Punjab Mental Hospital Lahore 1922-31 - 1922-1931
Year: 1922
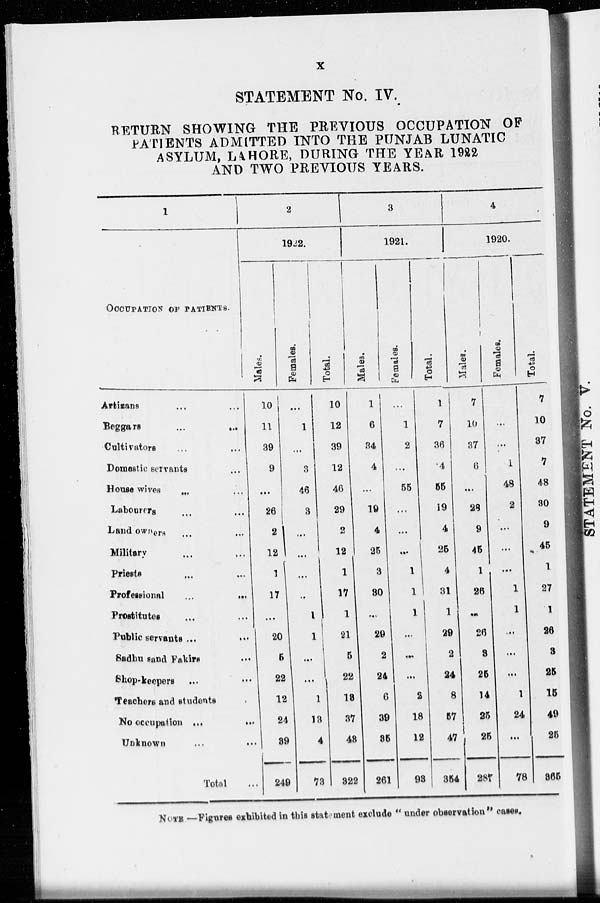
x
STATEMENT No. IV.
RETURN SHOWING THE PREVIOUS OCCUPATION OF
PATIENTS ADMITTED INTO THE PUNJAB LUNATIC
ASYLUM, LAHORE, DURING THE YEAR 1922
AND TWO PREVIOUS YEARS.
1
OCUPATION OF PATIENTS.
Artizans ... ...
Beggars ... ...
Cultivators
...
...
Domestic servants ...
House wives ... ...
Labourers
...
...
Land
owners
...
...
Military ... ...
Priests ... ...
Professional ... ...
Prostitutes ... ...
Public servants ... ...
Sadhu sand Fakirs ... ...
Shop-keepers ... ...
Teachers and students ...
No occupation ... ...
Unknown ... ...
Total ...
2
1922.
Males.
10
11
39
9
...
26
2
12
1
17
...
20
5
22
12
24
39
249
Females.
...
1
...
3
46
3
...
...
...
...
1
1
...
...
1
13
4
73
Total.
10
12
39
12
46
29
2
12
1
17
1
21
5
22
13
37
43
322
3
1921.
Males.
1
6
34
4
...
19
4
25
3
30
...
29
2
24
6
39
35
261
Females.
...
1
2
...
55
...
...
...
1
1
1
...
...
...
2
18
12
93
Total.
1
7
36
4
55
19
4
25
4
31
1
29
2
24
8
57
47
354
4
1920.
Males.
7
10
37
6
...
28
9
45
1
26
...
26
3
25
14
25
25
287
Females.
...
...
...
1
48
2
...
...
...
1
1
...
...
...
1
24
...
78
Total.
7
10
37
7
48
30
9
45
1
27
1
26
3
25
15
49
25
365
NOTE.—Figures exhibited in this statement exclude " under observation" cases.